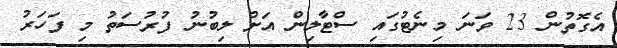
އެގޮތުން 23 ވަނަ މިނެޓުގައި ސްޓާލިން އަށް ލިބުނު ފުރުސަތު މި ފަހަރު